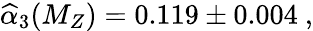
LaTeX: \widehat{\alpha}_{3}(M_{Z})=0.119\pm 0.004\ ,